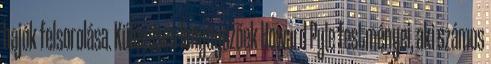
hajók felsorolása. Különösen lenyűgözőek Howard Pyle festményei, aki számos